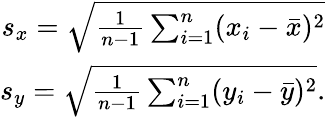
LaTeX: \begin{array}{r}{s_{x}=\sqrt{\frac{1}{n-1}\sum_{i=1}^{n}(x_{i}-\bar{x})^{2}}}\\ {s_{y}=\sqrt{\frac{1}{n-1}\sum_{i=1}^{n}(y_{i}-\bar{y})^{2}}.}\end{array}